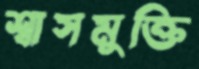
শ্বাসমুক্তি